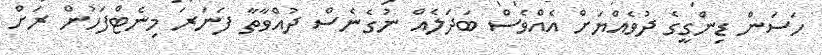
ހަސަން ޑިންގީގެ ދުވެއްޔަށް އެއްވެސް ބަދަލެއް ނުގެނެސް ދުއްވާތާ ފަނަރަ މިނެޓްފަހުން ރަށް